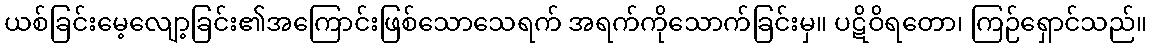
ယစ်ခြင်းမေ့လျော့ခြင်း၏အကြောင်းဖြစ်သောသေရက် အရက်ကိုသောက်ခြင်းမှ။ ပဋိဝိရတော၊ ကြဉ်ရှောင်သည်။